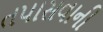
તપાસવાની